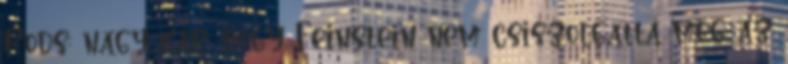
Rods: nagy kár, hogy Feinstein nem csiszolgatta még az